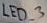
Text: LED_3